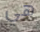
هي